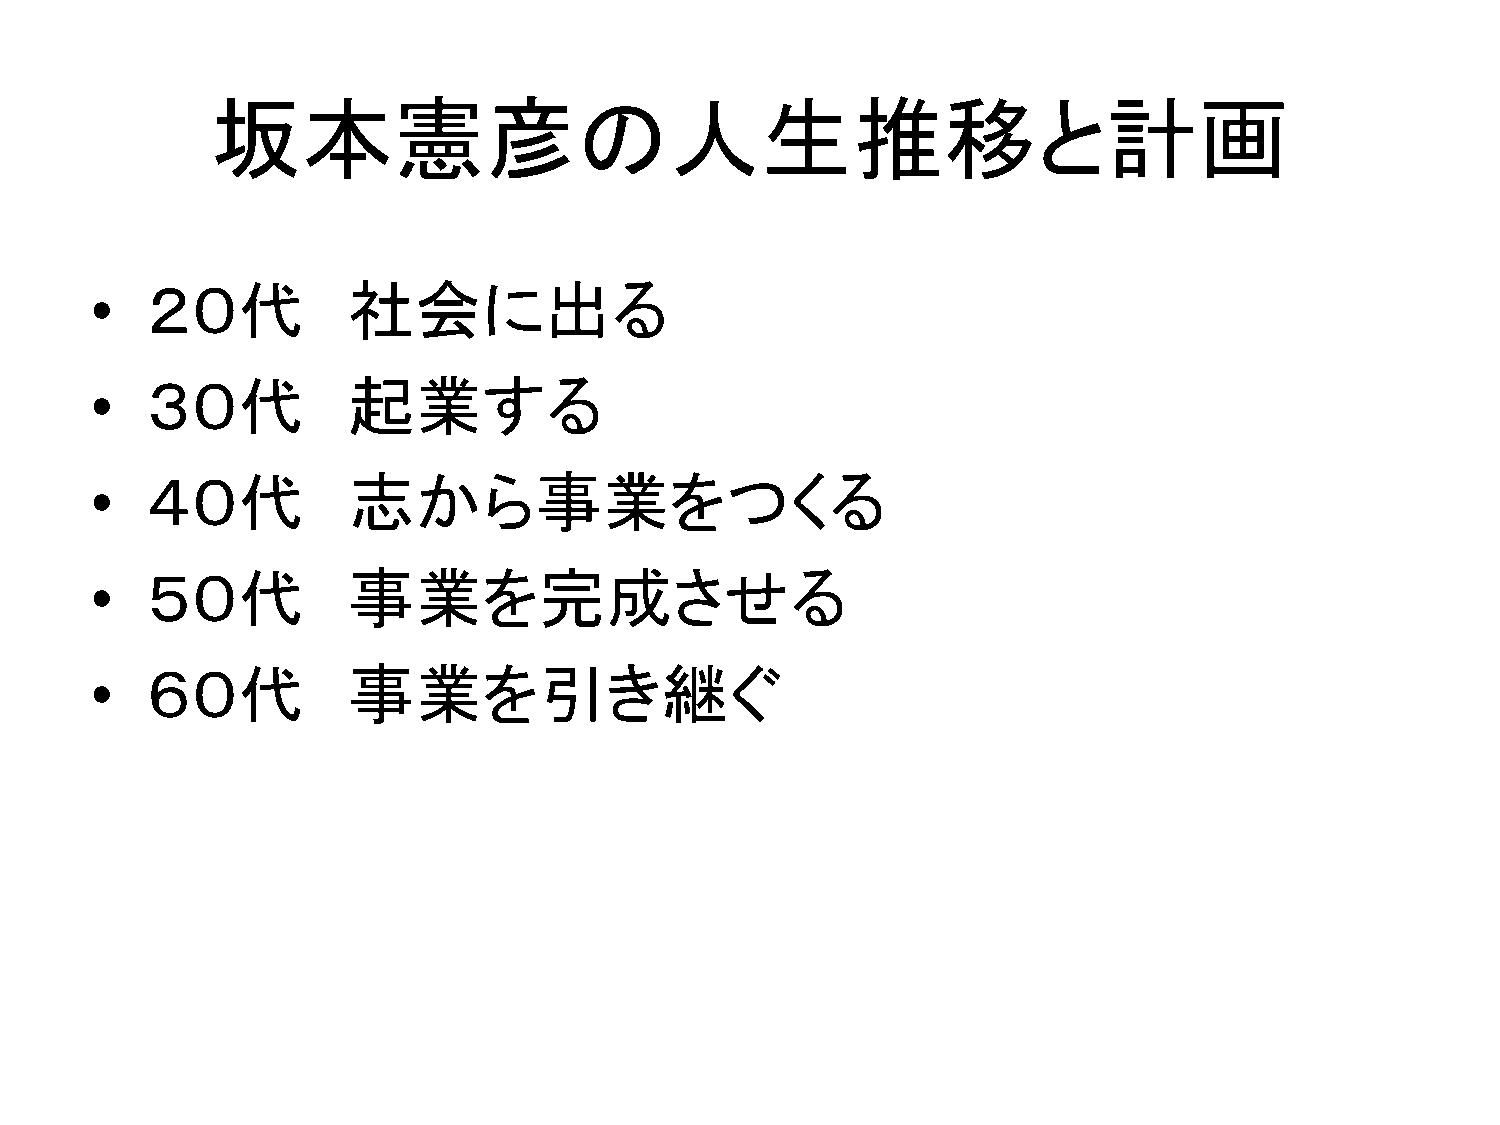
坂本憲彦の人生推移と計画
 •   ２０代          社会に出る
 •   ３０代          起業する
 •   ４０代          志から事業をつくる
 •   ５０代          事業を完成させる
 •   ６０代          事業を引き継ぐ